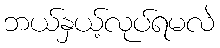
ဘယ်နှယ့်လုပ်ရမလဲ